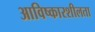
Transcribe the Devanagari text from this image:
आविष्कारशीलता